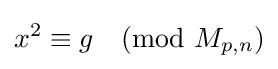
x^{2}\equiv g{\pmod {M_{p,n}}}